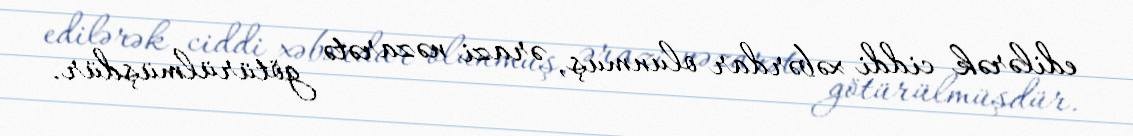
edilərək ciddi xəbərdar olunmuş, ərazi nəzarətə götürülmüşdür.